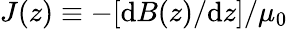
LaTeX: J(z)\equiv-[\mathrm{d}B(z)/\mathrm{d}z]/\mu_{0}